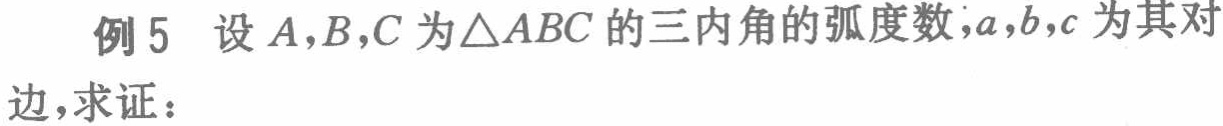
例5 设\(A,B,C\)为\(\triangle ABC\)的三内角的弧度数，\(a,b,c\)为其对边，求证：